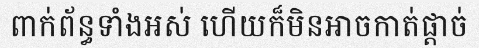
ពាក់ព័ន្ធទាំងអស់ ហើយក៏មិនអាចកាត់ផ្តាច់